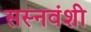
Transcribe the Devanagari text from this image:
सस्नवंशी